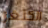
الكنغر